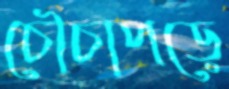
চৌচাপড়ে